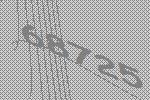
68725